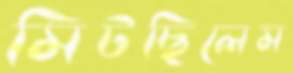
মিটছিলেম